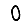
Digit: 0